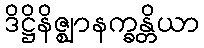
ဒိဋ္ဌိနိဇ္ဈာနက္ခန္တိယာ